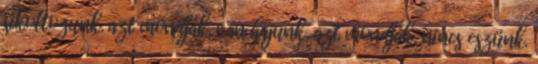
sikoltozunk. azt mondják, van hajunk, azt mondják, nincs eszünk.